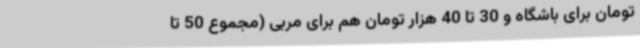
تومان برای باشگاه و 30 تا 40 هزار تومان هم برای مربی (مجموع 50 تا